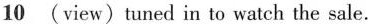
\underline{10} (view)tuned in to watch the sale.